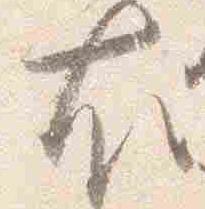
右